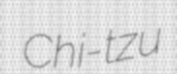
Chi-tzu